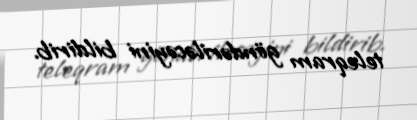
teleqram göndəriləcəyini bildirib.